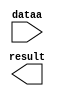
module MULT_Y (
	dataa,
	result);

	input	[10:0]  dataa;
	output	[20:0]  result;

endmodule